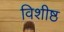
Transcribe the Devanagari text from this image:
विशीष्ठ